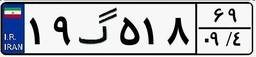
۱۹گ۵۱۸۶۹